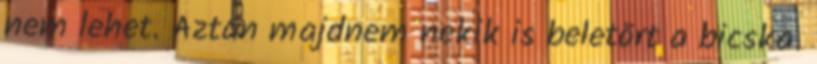
nem lehet. Aztán majdnem nekik is beletört a bicska.